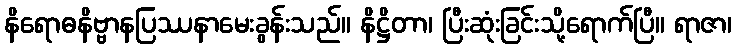
နိရောဓနိဗ္ဗာနပြဿနာမေးခွန်းသည်။ နိဋ္ဌိတာ၊ ပြီးဆုံးခြင်းသို့ရောက်ပြီ။ ရာဇာ၊